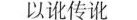
以讹传讹